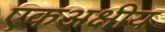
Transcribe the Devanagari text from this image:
एकअक्षीय